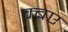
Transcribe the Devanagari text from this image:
क्बए